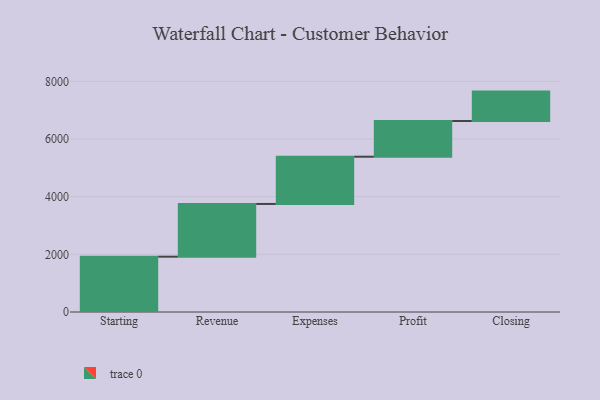
{"axis": {"x": "Step", "y": "Value"}, "legend": [""], "data": [{"x": "Starting", "y": 1918.0, "type": ""}, {"x": "Revenue", "y": 1829.0, "type": ""}, {"x": "Expenses", "y": 1638.0, "type": ""}, {"x": "Profit", "y": 1239.0, "type": ""}, {"x": "Closing", "y": 1019.0, "type": ""}]}